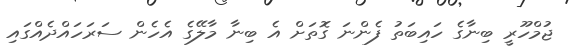
ޖުމްހޫރީ ބިނާގެ ހައިބަތު ފެންނަ ގޮތަށް އެ ބިނާ މާލޭގެ އެހެން ސަރަހައްދެއްގައި